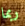
ربما